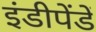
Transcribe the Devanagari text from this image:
इंडीपेंडें